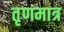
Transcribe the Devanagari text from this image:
तृणमात्र